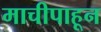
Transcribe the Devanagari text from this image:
माचीपाहून